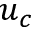
u _ { c }